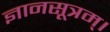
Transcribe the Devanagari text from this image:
ज्ञानसूत्रम्।